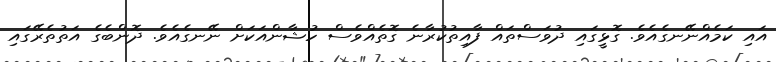
އައި ކަމެއްނޭނގެއެވެ. ގޮޅީގައި ދުވަސްތައް ފާއިތުކުރާނެ ގޮތެއްވެސް ހުޝާންއަކަށް ނޭނގެއެވެ. ދޮންބެގެ އަތުތެރޭގައި